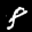
Label: 8